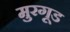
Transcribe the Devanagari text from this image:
मुरगूड